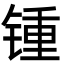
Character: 锺